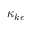
\kappa _ { k \epsilon }